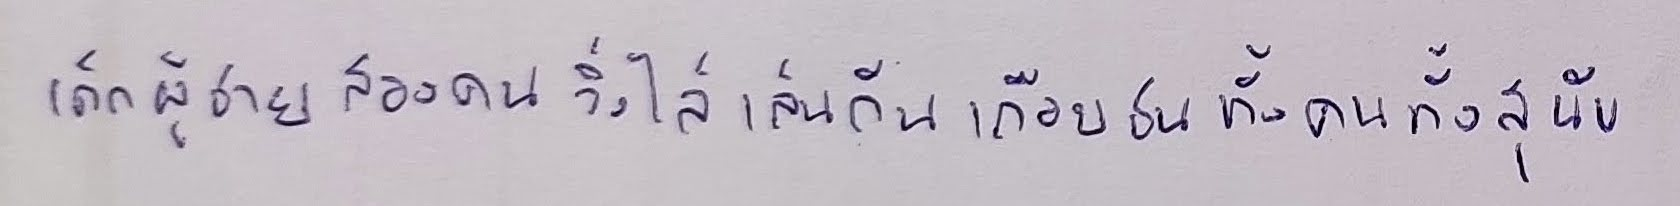
เด็กผู้ชายสองคนวิ่งไล่เล่นกันเกือบชนทั้งคนทั้งสุนัข